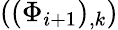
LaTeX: \left((\Phi_{i+1})_{,k}\right)